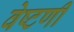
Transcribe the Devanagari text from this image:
वेष्टणी